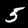
Label: 5